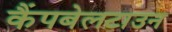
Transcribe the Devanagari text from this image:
कैंपबेलटाउन